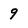
Character: 9